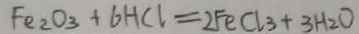
F e _ { 2 } O _ { 3 } + 6 H C l = 2 F e C l _ { 3 } + 3 H _ { 2 } O